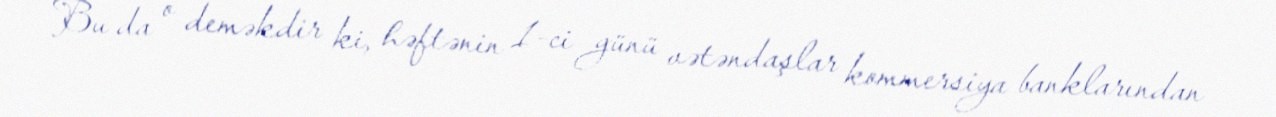
Bu da o deməkdir ki, həftənin 1-ci günü vətəndaşlar kommersiya banklarından